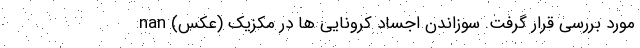
مورد بررسی قرار گرفت. سوزاندن اجساد کرونایی ها در مکزیک (عکس) nan